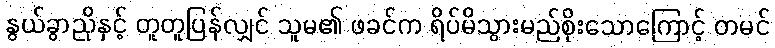
နွယ်ခွာညိုနှင့် တူတူပြန်လျှင် သူမ၏ ဖခင်က ရိပ်မိသွားမည်စိုးသောကြောင့် တမင်